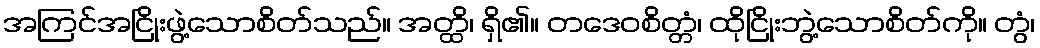
အကြင်အငြိုးဖွဲ့သောစိတ်သည်။ အတ္ထိ၊ ရှိ၏။ တဒေဝစိတ္တံ၊ ထိုငြိုးဘွဲ့သောစိတ်ကို။ တွံ၊